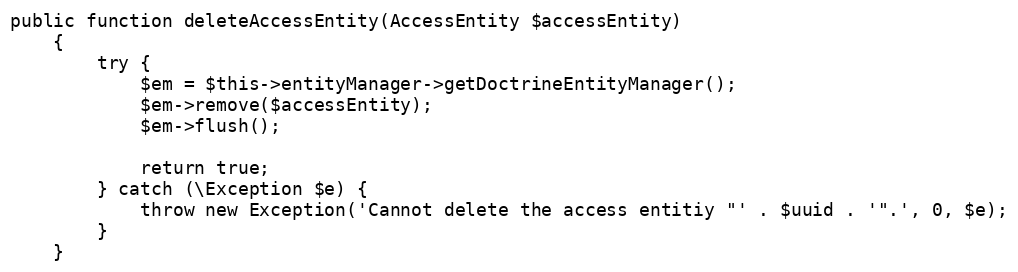
Language: PHP
public function deleteAccessEntity(AccessEntity $accessEntity)
    {
        try {
            $em = $this->entityManager->getDoctrineEntityManager();
            $em->remove($accessEntity);
            $em->flush();

            return true;
        } catch (\Exception $e) {
            throw new Exception('Cannot delete the access entitiy "' . $uuid . '".', 0, $e);
        }
    }